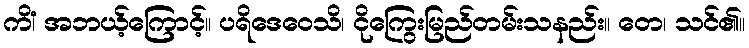
ကိံ၊ အဘယ့်ကြောင့်။ ပရိဒေဝေသိ၊ ငိုကြွေးမြည်တမ်းသနည်း။ တေ၊ သင်၏။